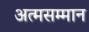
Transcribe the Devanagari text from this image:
अत्मसम्मान